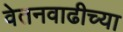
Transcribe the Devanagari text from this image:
वेतनवाढीच्या